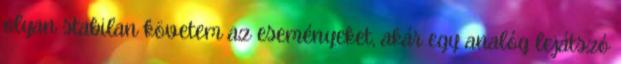
olyan stabilan követem az eseményeket, akár egy analóg lejátszó